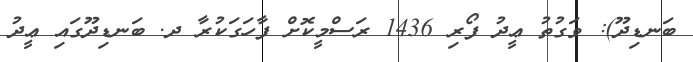
ބަނޑިދޫ): ވަގުތު ޢީދު ފޯރި 1436 ރަސްމީކޮށް ފާހަގަކުރާ ދ. ބަނޑިދޫގައި ޢީދު